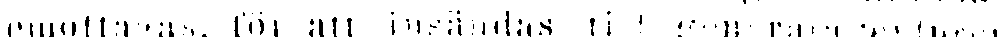
emottagas, för att insändas till generalguvernören